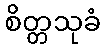
စိတ္တသုခံ